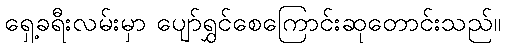
ရှေ့ခရီးလမ်းမှာ ပျော်ရွှင်စေကြောင်းဆုတောင်းသည်။